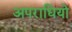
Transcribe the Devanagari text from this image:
अपराधियो